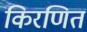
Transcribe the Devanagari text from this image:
किरणित